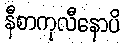
နီစာကုလီနောပိ